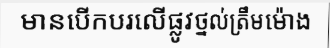
មានបើកបរលើផ្លូវថ្នល់ត្រឹមម៉ោង